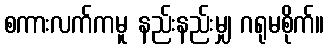
စကားလက်ကမူ နည်းနည်းမျှ ဂရုမစိုက်။